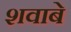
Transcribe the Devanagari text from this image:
शवाबे